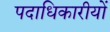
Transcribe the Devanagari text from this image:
पदाधिकारीयों